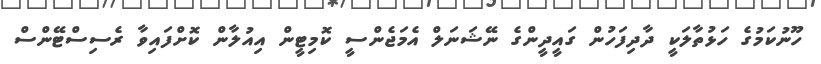
ހޫނުކަމުގެ ހަޅުތާލަކީ ދާދިފަހުން ގައީދީންގެ ނޭޝަނަލް އެމަޖެންސީ ކޮމިޓީން އިއުލާން ކޮށްފައިވާ ރެސިސްޓޭންސް